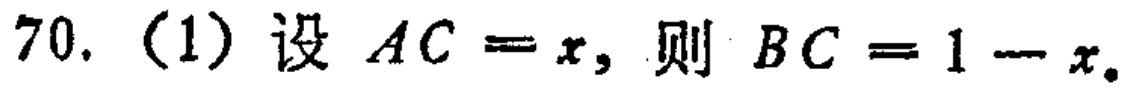
70.（1）设 \(AC = x\)，则 \(BC = 1 - x\)。